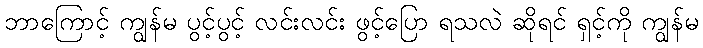
ဘာကြောင့် ကျွန်မ ပွင့်ပွင့် လင်းလင်း ဖွင့်ပြော ရသလဲ ဆိုရင် ရှင့်ကို ကျွန်မ